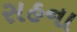
સહના